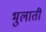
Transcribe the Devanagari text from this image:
भुलाती